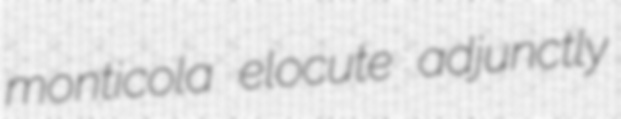
monticola elocute adjunctly